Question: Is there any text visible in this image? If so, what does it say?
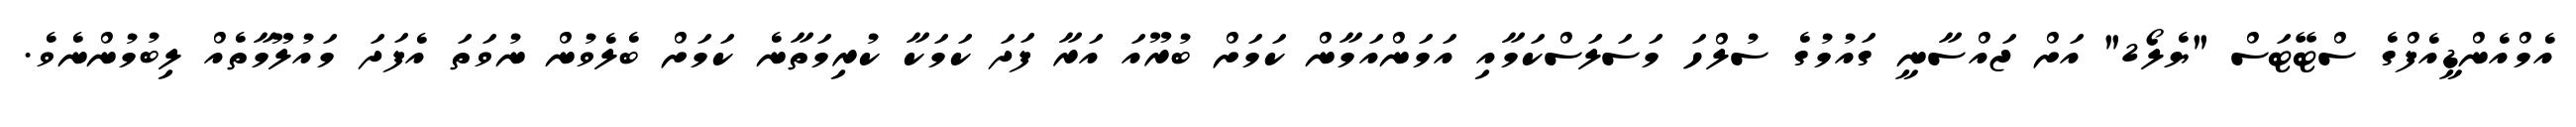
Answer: އެމްއެންޑީއެފްގެ ސްޓޭޓަސް "ޔެލޯ2" އަށް ޖައްސާނީ ގައުމުގެ ސުލްހަ މަސަލަސްކަމާއި އަމަންއަމާން ކަމަށް ބުރޫއަ އަރާ ފަދަ ކަމަކާ ކުރިމަތާނެ ކަމަށް ބެލެވުން ނުވަތަ އެފަދަ މައުލޫމާތެއް ލިބުމުންނެވެ.